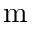
\mathrm { m }